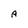
Character: A